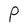
Character: P